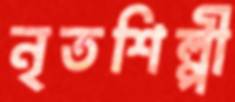
নৃতশিল্পী